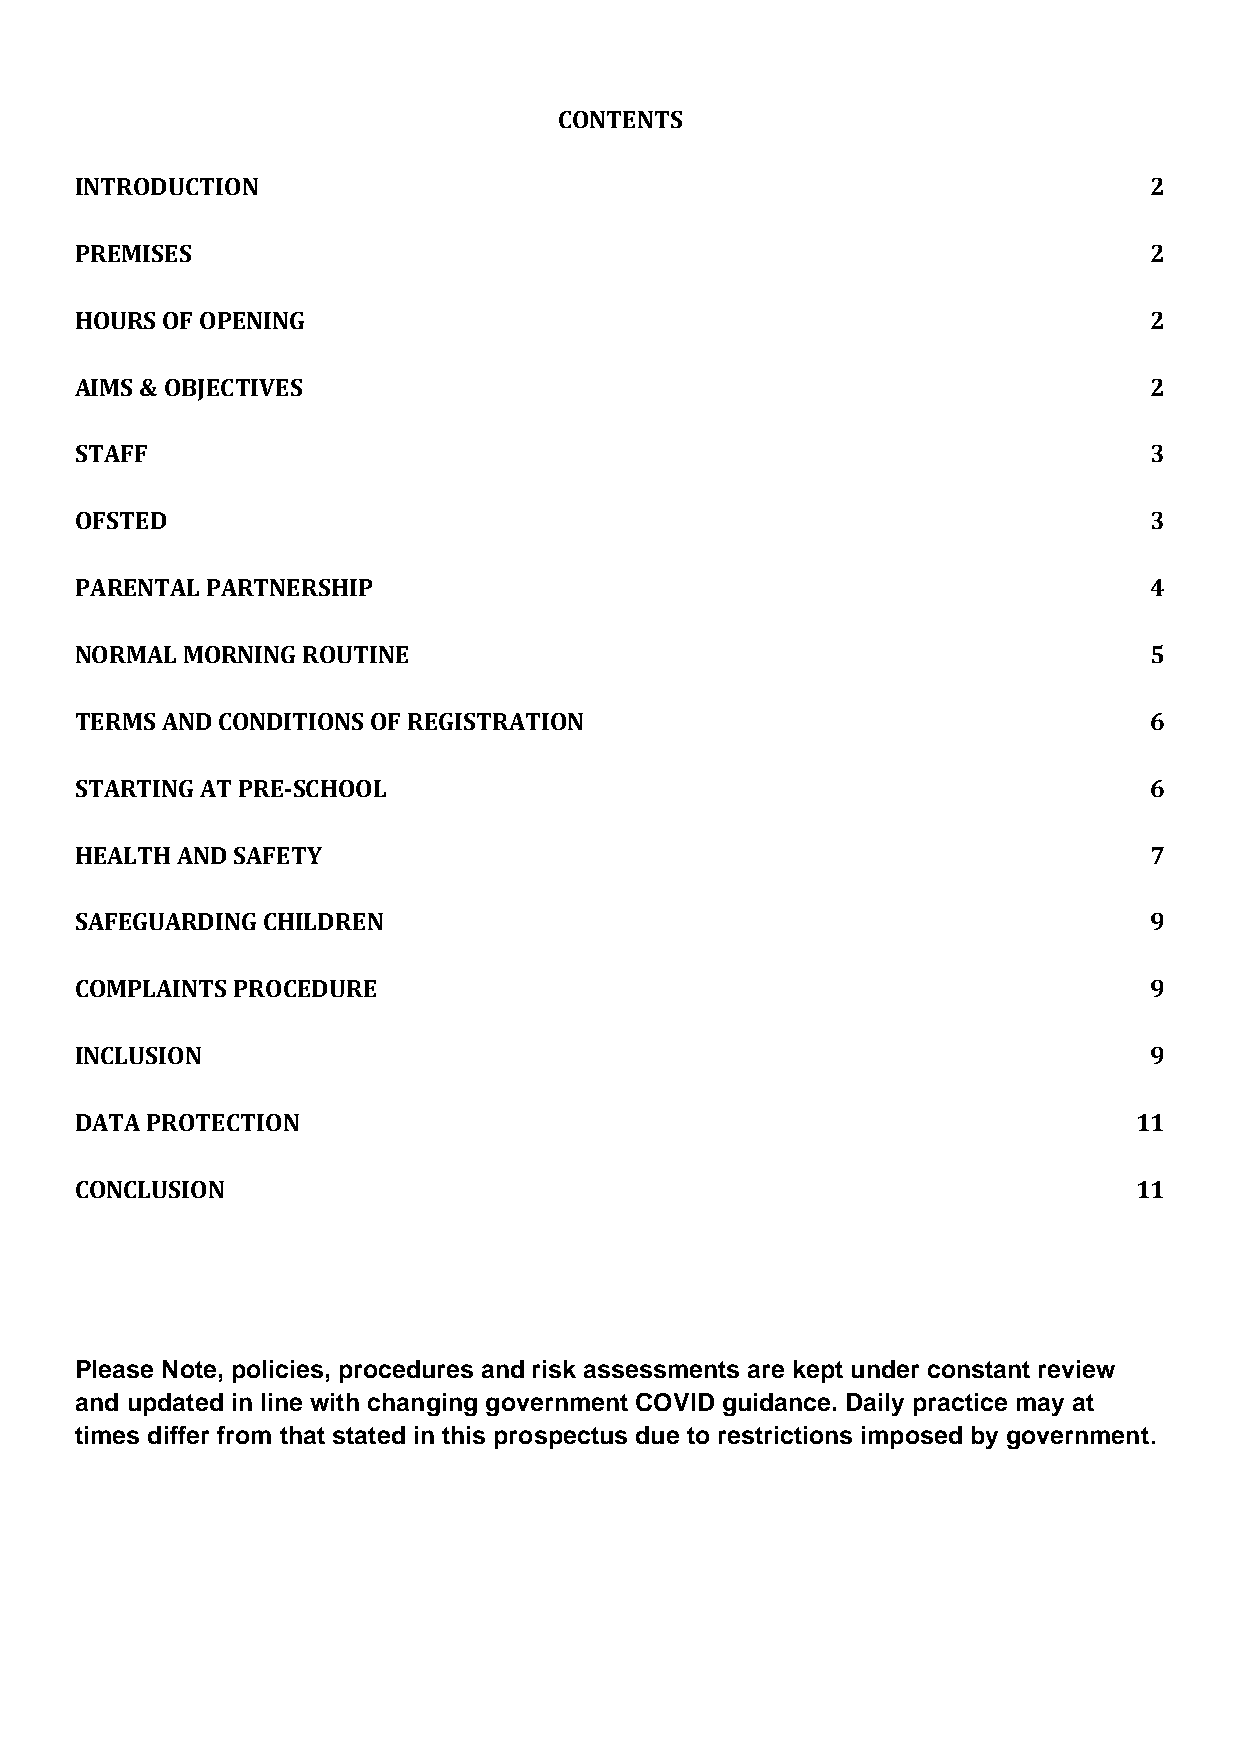
CONTENTS
 INTRODUCTION                                                           2
 PREMISES                                                               2
 HOURS OF OPENING                                                       2
 AIMS & OBJECTIVES                                                      2
 STAFF                                                                  3
 OFSTED                                                                 3
 PARENTAL PARTNERSHIP                                                   4
 NORMAL MORNING ROUTINE                                                 5
 TERMS AND CONDITIONS OF REGISTRATION                                   6
 STARTING AT PRE-SCHOOL                                                 6
 HEALTH AND SAFETY                                                      7
 SAFEGUARDING CHILDREN                                                  9
 COMPLAINTS PROCEDURE                                                   9
 INCLUSION                                                              9
 DATA PROTECTION                                                       11
 CONCLUSION                                                            11
 Please Note, policies, procedures and risk assessments are kept under constant review
 and updated in line with changing government COVID guidance. Daily practice may at
 times differ from that stated in this prospectus due to restrictions imposed by government.